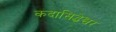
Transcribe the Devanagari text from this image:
कदासिद्धेश्वर